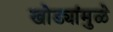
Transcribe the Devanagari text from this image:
खोड्यांमुळे